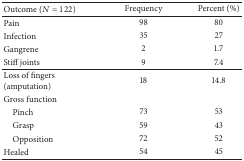
| Outcome (N = 122) | Frequency | Percent (%) |
 | --- | --- | --- |
 | Pain | 98 | 80 |
 | Infection | 35 | 27 |
 | Gangrene | 2 | 1.7 |
 | Stiff joints | 9 | 7.4 |
 | Loss of fingers(amputation) | 18 | 14.8 |
 | Gross function |  |  |
 | Pinch | 73 | 53 |
 | Grasp | 59 | 43 |
 | Opposition | 72 | 52 |
 | Healed | 54 | 45 |